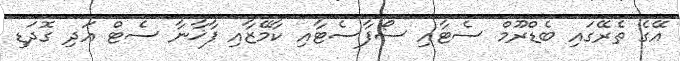
އޭގެ ތެރޭގައި ބެޑްރޫމް ސެޓާއި ސޯފާސެޓާއި ކާމޭޒާއި ފާޚާނާ ސެޓް އަދި ގޮދަޑި